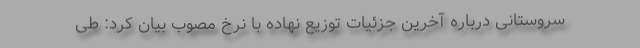
سروستانی درباره آخرین جزئیات توزیع نهاده با نرخ مصوب بیان کرد: طی